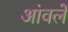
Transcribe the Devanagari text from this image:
आंवलें